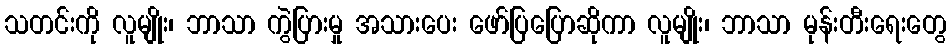
သတင်းကို လူမျိုး၊ ဘာသာ ကွဲပြားမှု အသားပေး ဖော်ပြပြောဆိုကာ လူမျိုး၊ ဘာသာ မုန်းတီးရေးတွေ